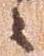
々